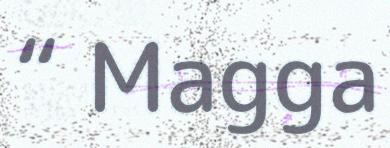
“ Magga